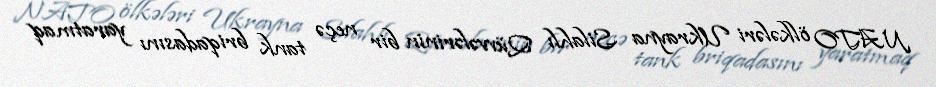
NATO ölkələri Ukrayna Silahlı Qüvvələrinin bir neçə tank briqadasını yaratmaq